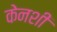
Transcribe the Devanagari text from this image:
केनशी